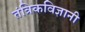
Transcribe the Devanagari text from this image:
तंत्रिकविज्ञानी